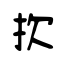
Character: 扻